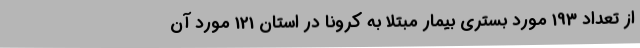
از تعداد 193 مورد بستری بیمار مبتلا به کرونا در استان 121 مورد آن